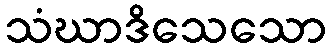
သံဃာဒိသေသော